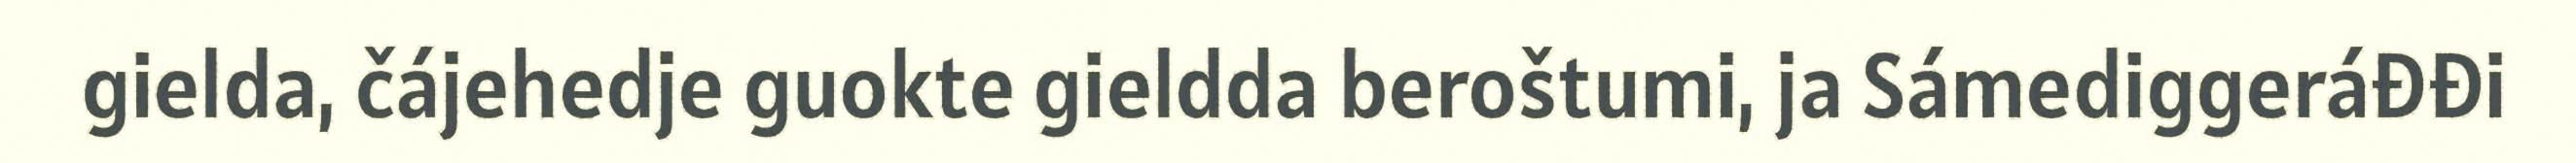
gielda, čájehedje guokte gieldda beroštumi, ja Sámediggeráđđi